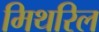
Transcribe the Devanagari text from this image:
मिथरिल